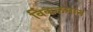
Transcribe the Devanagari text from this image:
विंकलमान